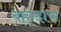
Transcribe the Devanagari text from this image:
बहादास